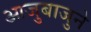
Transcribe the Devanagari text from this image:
आजुबाजुने